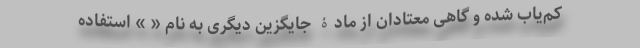
کم‌یاب شده و گاهی معتادان از مادۀ جایگزین دیگری به نام « » استفاده